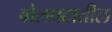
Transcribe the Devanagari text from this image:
बोलपटातील